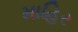
માહિર